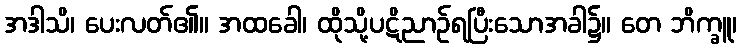
အဒါသိ၊ ပေးလတ်၏။ အထခေါ၊ ထိုသို့ပဋိညာဉ်ရပြီးသောအခါ၌။ တေ ဘိက္ခူ၊